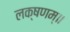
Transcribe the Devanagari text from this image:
लक्षणम्‌॥